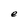
Character: e